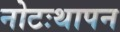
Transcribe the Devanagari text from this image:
नोटःथापन